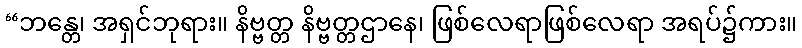
“ဘန္တေ၊ အရှင်ဘုရား။ နိဗ္ဗတ္တ နိဗ္ဗတ္တဌာနေ၊ ဖြစ်လေရာဖြစ်လေရာ အရပ်၌ကား။